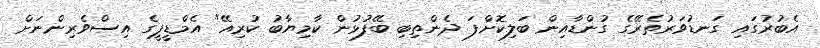
އެބުރުގައި ގަނޑުވަރުތެރޭގެ ގުންޑާއިން ބަލިކޮށްފަ ދެންތިބި ބޭފުޅުން ކާމިޔާބު ކުރިއޭ" އެމްޑީޕީގެ އިސްވެރިންނަށް